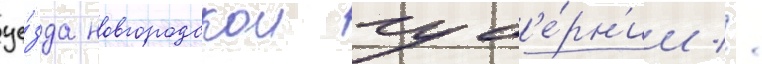
уе́зда новгородскои губ'е́рн'ии //